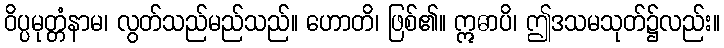
ဝိပ္ပမုတ္တံနာမ၊ လွတ်သည်မည်သည်။ ဟောတိ၊ ဖြစ်၏။ ဣဓာပိ၊ ဤဒသမသုတ်၌လည်း။